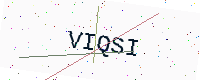
Text: VIQSI